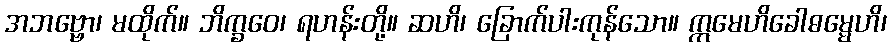
အဘဗ္ဗော၊ မထိုက်။ ဘိက္ခဝေ၊ ရဟန်းတို့။ ဆဟိ၊ ခြောက်ပါးကုန်သော။ ဣမေဟိခေါဓမ္မေဟိ၊